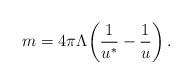
LaTeX: \begin{align*}m =4\pi\Lambda\!\left(\frac{1}{u^*}-\frac{1}{u}\right).\end{align*}